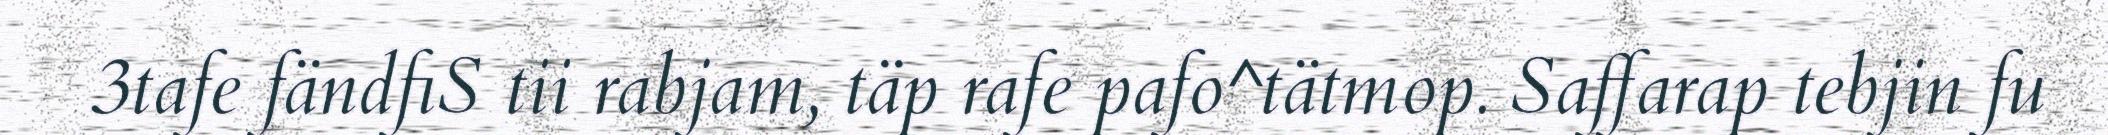
3tafe fändfiS tii rabjam, täp rafe pafo^tätmop. Saffarap tebjin fu